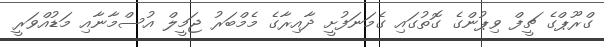
ގްރޫޕްގެ ޗީފް ވިޕުންގެ ގޮތުގައި ގެމަނަފުށީ ދާއިރާގެ މެމްބަރު ޖަމީލް އުސްމާނާއި މަޑުއްވަރީ